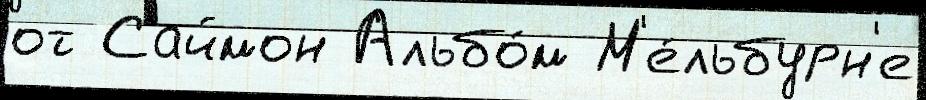
от Саймон Альбо́м М'е́льбурн'е